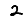
Digit: 2